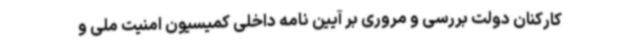
کارکنان دولت بررسی و مروری بر آیین نامه داخلی کمیسیون امنیت ملی و